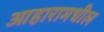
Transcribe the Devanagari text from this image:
आहारामधील